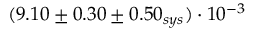
( 9 . 1 0 \pm 0 . 3 0 \pm 0 . 5 0 _ { s y s } ) \cdot 1 0 ^ { - 3 }